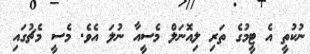
ނުކުތީ އެ ޓީމުގެ ތަރި ލިއޮނަލް މެސީއާ ނުލަ އެވެ. މެސީ މެޗުގައި